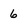
Character: 6